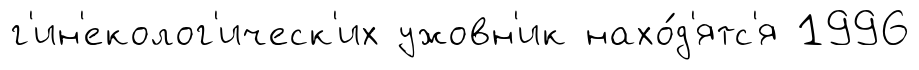
г'ин'еколог'ическ'их ужовн'ик нахо́д'ятс'я 1996